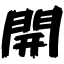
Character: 開